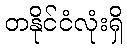
တနိုင်ငံလုံးရှိ